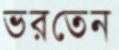
ভরতেন